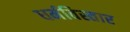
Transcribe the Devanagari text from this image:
धर्मविस्तार